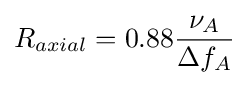
R_{axial}=0.88{\frac {\nu _{A}}{\Delta f_{A}}}